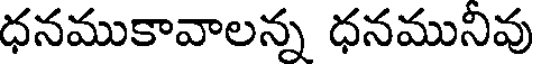
ధనముకావాలన్న ధనమునివు